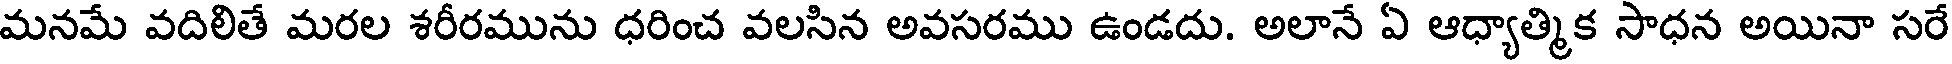
మనమే వదిలితే మరల శరీరమును ధరించ వలసిన అవసరము ఉండదు. అలానే ఏ ఆధ్యాత్మిక సాధన అయినా సరే